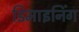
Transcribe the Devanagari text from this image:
डिमाइनिंग